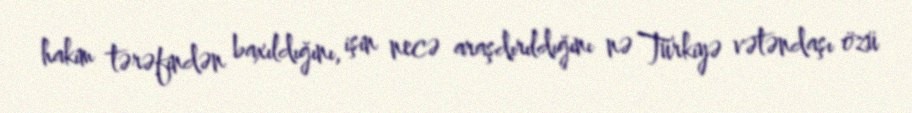
hakim tərəfindən baxıldığını, işin necə araşdırıldığını nə Türkiyə vətəndaşı özü